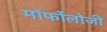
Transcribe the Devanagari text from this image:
मॉर्फोलोजी